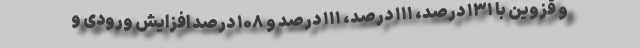
و قزوین با ۱۳۱ درصد، ۱۱۱ درصد، ۱۱۱ درصد و ۱۰۸ درصد افزایش ورودی و